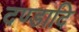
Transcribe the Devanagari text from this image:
दण्डादि